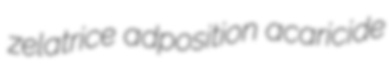
zelatrice adposition acaricide